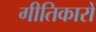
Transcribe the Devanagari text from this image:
गीतिकारों